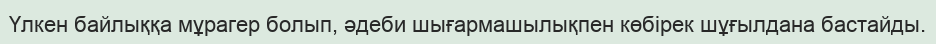
Үлкен байлыққа мұрагер болып, әдеби шығармашылықпен көбірек шұғылдана бастайды.